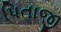
પિતાજી